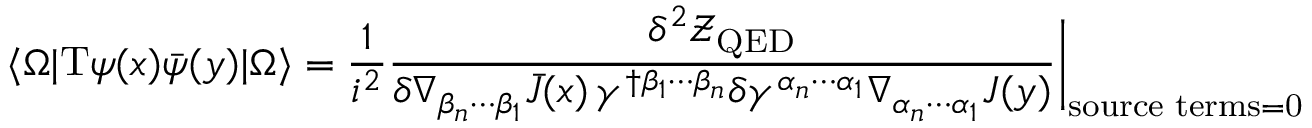
\langle \Omega | \mathrm { T } \psi ( x ) \bar { \psi } ( y ) | \Omega \rangle = \frac { 1 } { i ^ { 2 } } \frac { \delta ^ { 2 } \mathcal { Z } _ { \mathrm { Q E D } } } { \delta \nabla _ { \beta _ { n } \cdots \beta _ { 1 } } \bar { J } ( x ) \, \gamma ^ { \dagger \beta _ { 1 } \cdots \beta _ { n } } \delta \gamma ^ { \alpha _ { n } \cdots \alpha _ { 1 } } \nabla _ { \alpha _ { n } \cdots \alpha _ { 1 } } J ( y ) } \bigg \vert _ { \mathrm { s o u r c e \, \, t e r m s = 0 } }